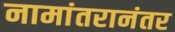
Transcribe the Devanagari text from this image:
नामांतरानंतर